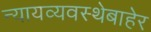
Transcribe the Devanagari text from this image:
न्यायव्यवस्थेबाहेर